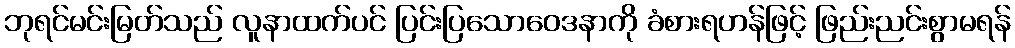
ဘုရင်မင်းမြတ်သည် လူနာထက်ပင် ပြင်းပြသောဝေဒနာကို ခံစားရဟန်ဖြင့် ဖြည်းညင်းစွာမရန်